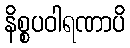
နိစ္စပဝါရဏာပိ